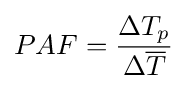
{PAF}={\Delta {T}_{p} \over \Delta {\overline {T}}}